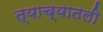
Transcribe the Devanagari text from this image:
त्याच्यातली